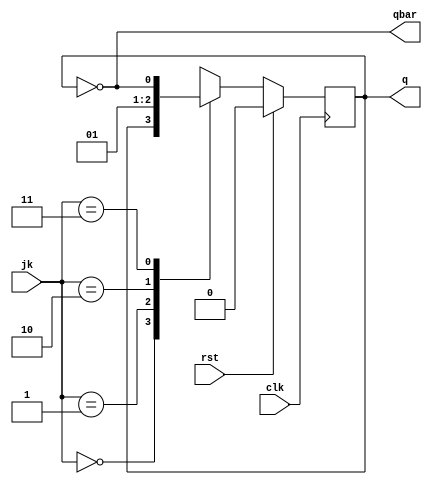
module jjkflipflop(q,qbar,clk,rst,jk);
	output reg q;
	output qbar;
	input clk, rst;
	input [1:0] jk;

	assign qbar = ~q;

	always @(posedge clk)
	begin
		if (rst)
			q <= 0;
		else
			case(jk)
				2'b00: q <= q;
				2'b01: q <= 0;
				2'b10: q <= 1;
				2'b11: q <= ~q;
			endcase
	end
endmodule